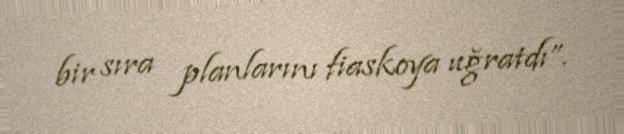
bir sıra planlarını fiaskoya uğratdı”.